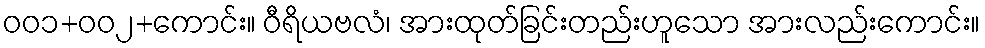
ဝဝ၁+ဝဝ၂+ကောင်း။ ဝီရိယဗလံ၊ အားထုတ်ခြင်းတည်းဟူသော အားလည်းကောင်း။